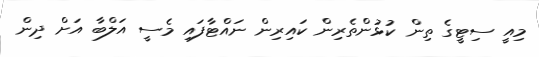
މިއީ ސިޓީގެ ތިން ކުޅުންތެރިން ކައިރިން ނައްޓާފައި މެސީ އަލްބާ އަށް ދިން